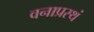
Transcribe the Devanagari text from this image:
वनाप्रस्थं